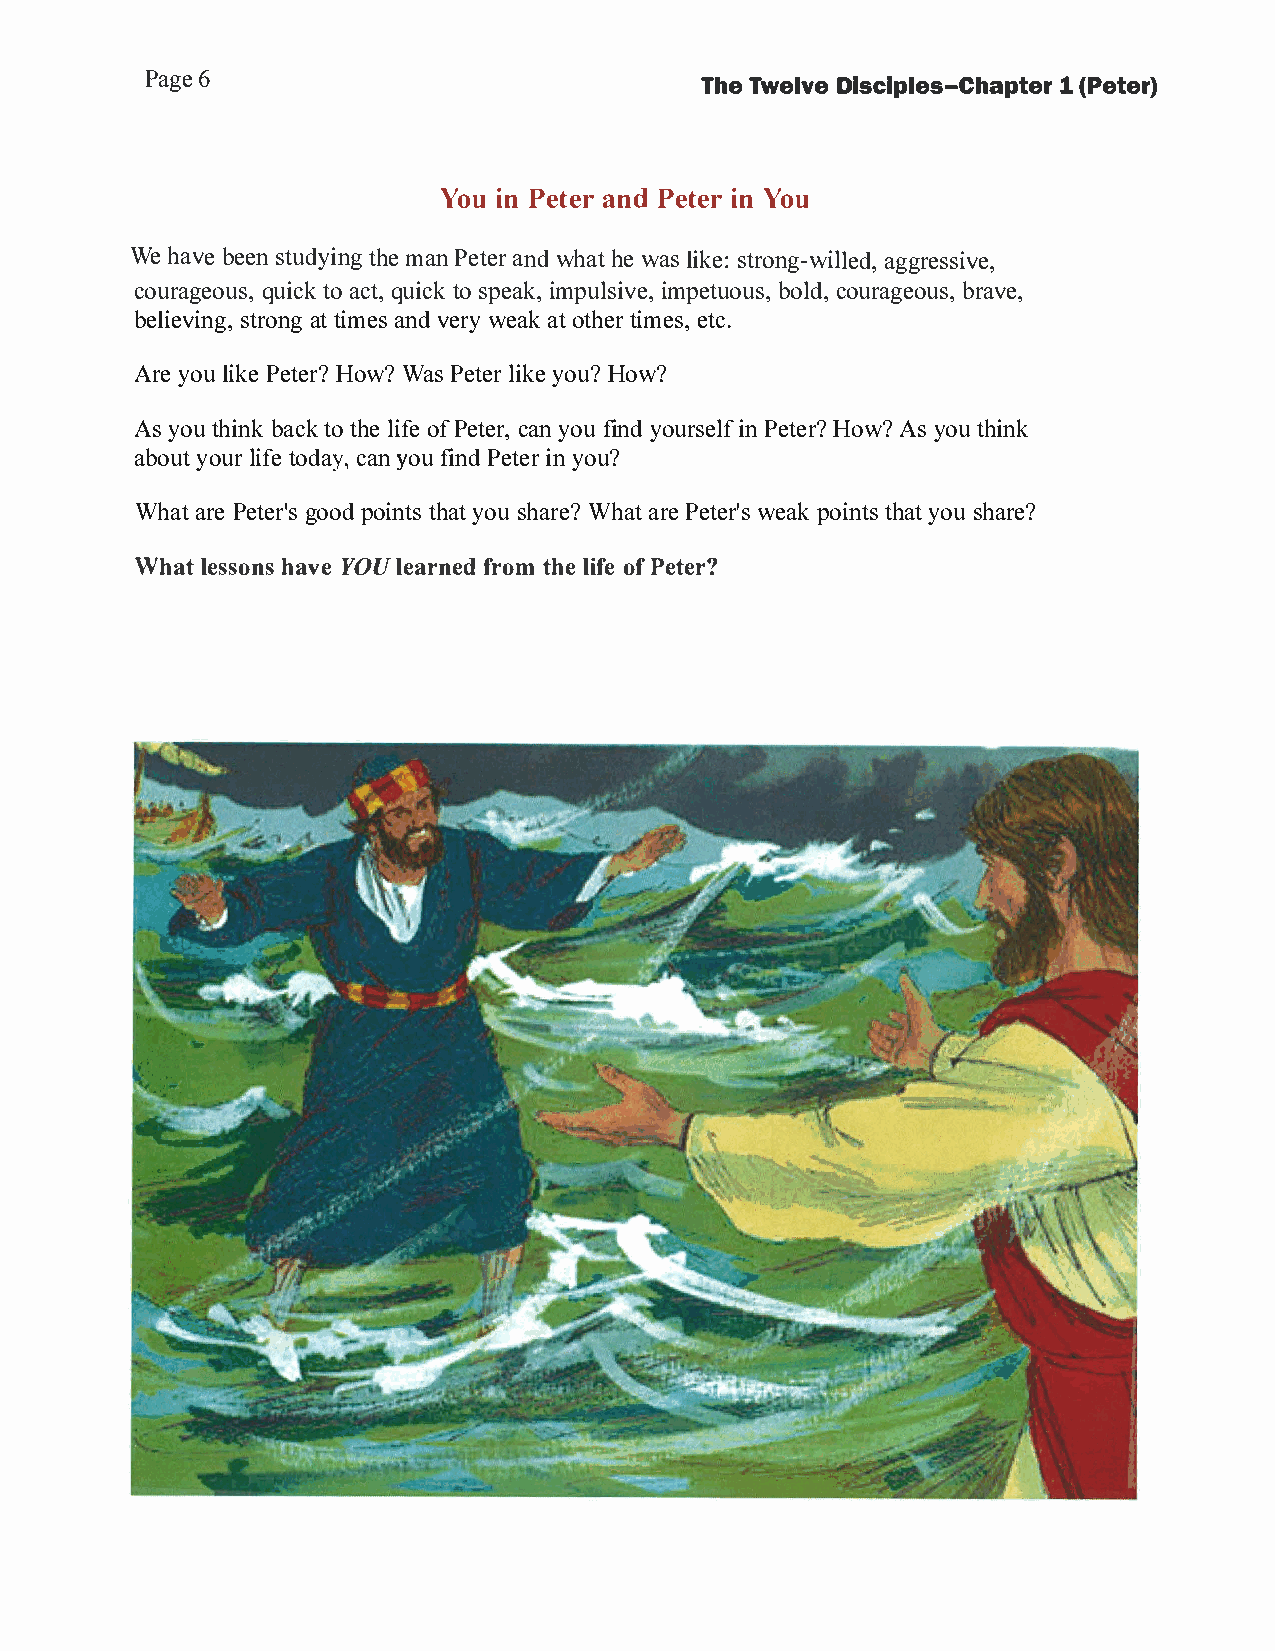
Page 6                               The Twelve Disciples-Chapter 1 (Peter)
 You in Peter and Peter in You
 We have been studying the man Peter and what he was like: strong-willed, aggressive,
 courageous, quick to act, quick to speak, impulsive, impetuous, bold, courageous, brave,
 believing, strong at times and very weak at other times, etc.
 Are you like Peter? How? Was Peter like you? How?
 As you think back to the life of Peter, can you find yourself in Peter? How? As you think
 about your life today, can you find Peter in you?
 What are Peter's good points that you share? What are Peter's weak points that you share?
 What lessons have YOU learned from the life of Peter?